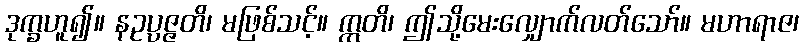
ဒုက္ခဟူ၍။ နဥပ္ပဇ္ဇတိ၊ မဖြစ်သင့်။ ဣတိ၊ ဤသို့မေးလျှောက်လတ်သော်။ မဟာရာဇ၊